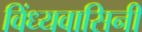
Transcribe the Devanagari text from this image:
विंध्‍यवासिनी